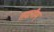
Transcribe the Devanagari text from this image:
तदानीम्